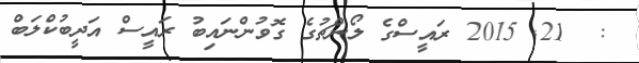
:  21